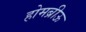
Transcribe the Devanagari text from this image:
होमब्रीऊ